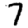
Digit: 7